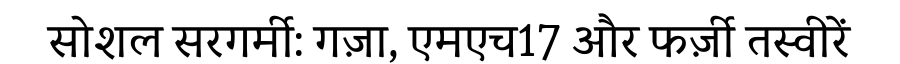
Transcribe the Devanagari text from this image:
सोशल सरगर्मी: गज़ा, एमएच17 और फर्ज़ी तस्वीरें